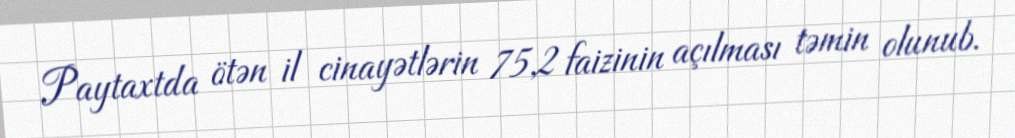
Paytaxtda ötən il cinayətlərin 75,2 faizinin açılması təmin olunub.